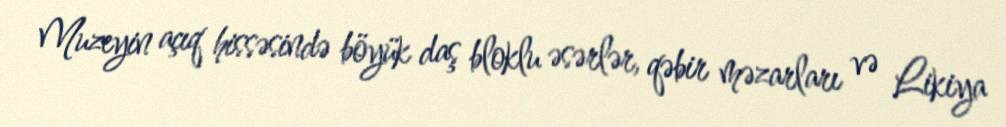
Muzeyin açıq hissəsində böyük daş bloklu əsərlər, qəbir məzarları və Likiya